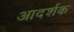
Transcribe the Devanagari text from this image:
आदर्शक